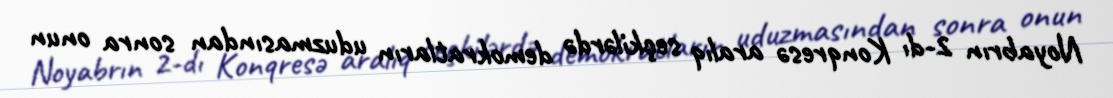
Noyabrın 2-dı Konqresə aralıq seçkilərdə demokratların uduzmasından sonra onun